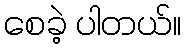
စေခဲ့ ပါတယ်။